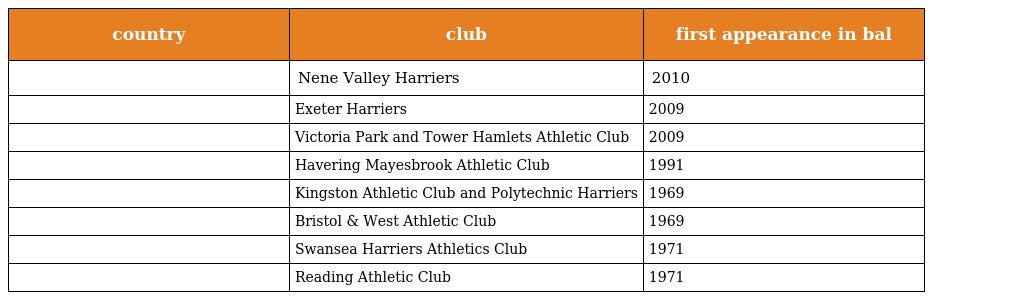
| country | club | first appearance in bal |
 | --- | --- | --- |
 |  | Nene Valley Harriers | 2010 |
 |  | Exeter Harriers | 2009 |
 |  | Victoria Park and Tower Hamlets Athletic Club | 2009 |
 |  | Havering Mayesbrook Athletic Club | 1991 |
 |  | Kingston Athletic Club and Polytechnic Harriers | 1969 |
 |  | Bristol & West Athletic Club | 1969 |
 |  | Swansea Harriers Athletics Club | 1971 |
 |  | Reading Athletic Club | 1971 |